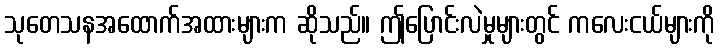
သုတေသနအထောက်အထားများက ဆိုသည်။ ဤပြောင်းလဲမှုများတွင် ကလေးငယ်များကို